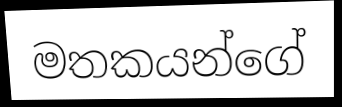
මතකයන්ගේ